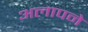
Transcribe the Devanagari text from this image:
अलापने